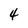
Character: 4